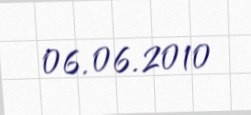
06.06.2010